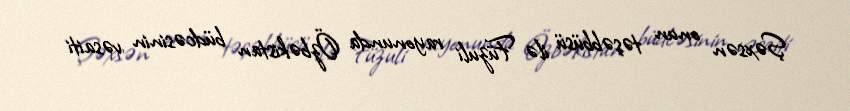
Şəxsən onun təşəbbüsü ilə Füzuli rayonunda Özbəkistan büdcəsinin vəsaiti